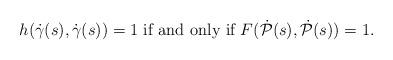
LaTeX: \begin{align*}h(\dot{\gamma}(s),\dot{\gamma}(s))=1 \textrm{ if and only if } F(\dot{\mathcal P}(s),\dot{\mathcal P}(s))=1. \end{align*}